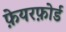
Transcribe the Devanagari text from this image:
फ़ेयरफ़ोर्ड